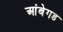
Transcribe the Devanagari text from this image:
आंबेगड